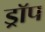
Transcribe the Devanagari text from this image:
ड्राॅप